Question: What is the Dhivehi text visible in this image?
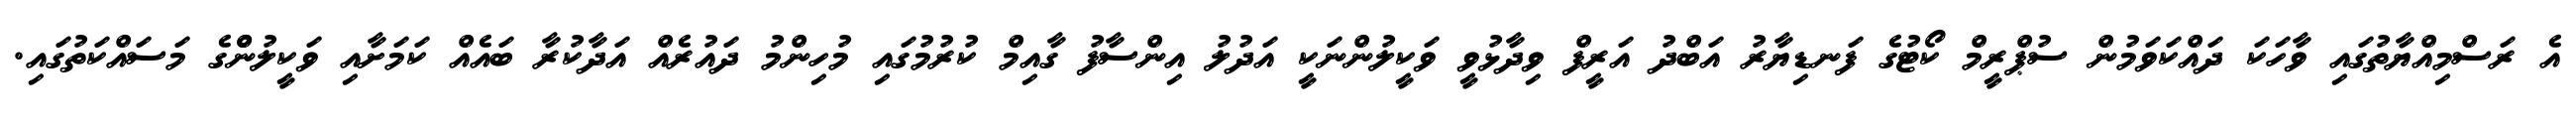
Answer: އެ ރަސްމިއްޔާތުގައި ވާހަކަ ދައްކަވަމުން ސުޕްރީމް ކޯޓުގެ ފަނޑިޔާރު އަބްދު އަރީފް ވިދާޅުވީ ވަކީލުންނަކީ އަދުލު އިންސާފު ގާއިމް ކުރުމުގައި މުހިންމު ދައުރެއް އަދާކުރާ ބައެއް ކަމަށާއި ވަކީލުންްގެ މަސައްކަތުގައި.